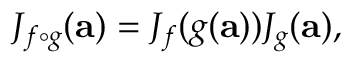
J _ { f \circ g } ( \mathbf { a } ) = J _ { f } ( g ( \mathbf { a } ) ) J _ { g } ( \mathbf { a } ) ,